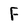
Character: F